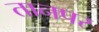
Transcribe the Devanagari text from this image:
तानपर